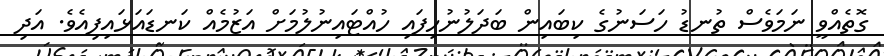
ގޮތެއްވީ ނަމަވެސް ތުނޑު ހަސަނުގެ ކިބައިން ބަދަލުނުހިފައި ހުއްޓައިނުލުމަށް އަޒުމެއް ކަނޑައަޅައިފިއެވެ. އަދި